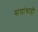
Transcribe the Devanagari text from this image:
संघांचाही